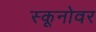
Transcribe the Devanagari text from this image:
स्कूनोवर